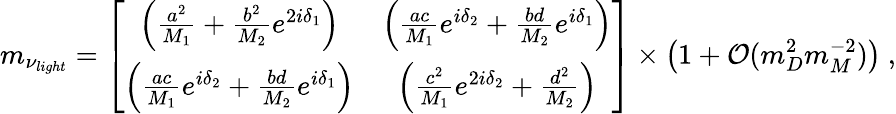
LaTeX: m_{\nu_{light}}=\left[\begin{array}{cc}{{\left(\frac{a^{2}}{M_{1}}+\frac{b^{2}}{M_{2}}e^{2i\delta_{1}}\right)}}&{{\left(\frac{ac}{M_{1}}e^{i\delta_{2}}+\frac{bd}{M_{2}}e^{i\delta_{1}}\right)}}\\ {{\left(\frac{ac}{M_{1}}e^{i\delta_{2}}+\frac{bd}{M_{2}}e^{i\delta_{1}}\right)}}&{{\left(\frac{c^{2}}{M_{1}}e^{2i{\delta}_{2}}+\frac{d^{2}}{M_{2}}\right)}}\end{array}\right]\times\left(1+{\cal O}(m_{D}^{2}m_{M}^{-2})\right)\ ,